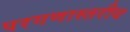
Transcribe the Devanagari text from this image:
परगणास्तरीय